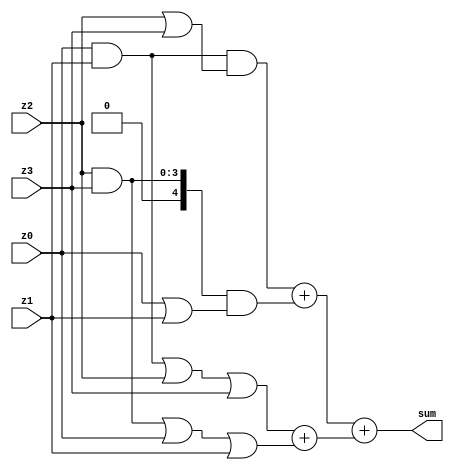
module convComp42v1(sum,z0,z1,z2,z3);
input [3:0]z0,z1,z2,z3;
output wire [4:0] sum;
assign sum = ((z0&z1&(z2|z3))+(z2&z3&(z0|z1)))+(((z0&z1)|z2|z3)+((z2&z3)|z0|z1));
endmodule